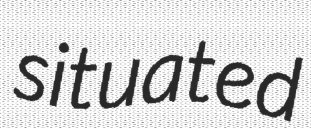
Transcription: situated